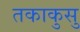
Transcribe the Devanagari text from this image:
तकाकुसु